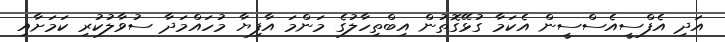
އަދި އެފްސީއެސްސީން އެކަމާ ގުޅޭގޮތުން އިބްތިހާލުގެ މަންމަ އާފިޔާ މުހައްމަދާ ސުވާލުކުރި ކަމަށާއި